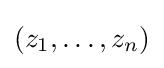
{(z_{1},\ldots ,z_{n})}